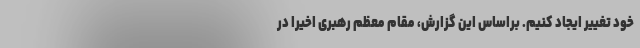
خود تغییر ایجاد کنیم. براساس این گزارش، مقام معظم رهبری اخیرا در